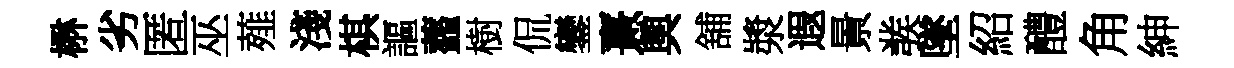
楙劣匿巫薤淺棋謳虀樹侃鑾憙舆舖漿遐㬌彂墜紹醴角紳